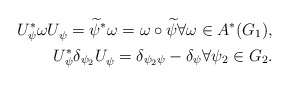
\begin{align*}\begin{aligned}U^{\ast}_{\psi} \omega U^{}_{\psi} = \widetilde{\psi}^{\ast} \omega = \omega \circ \widetilde{\psi} \forall \omega \in A^\ast(G_1) , \\U^{\ast}_{\psi} \delta_{\psi_2} U^{}_{\psi} =\delta_{\psi_2 \psi} -\delta_{\psi} \forall \psi_2 \in G_2.\end{aligned}\end{align*}